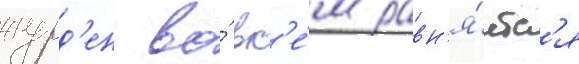
журд'ен во́ вс'е́м равн'я́етс'я